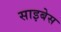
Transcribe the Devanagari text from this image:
साइबेस